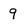
Character: 9